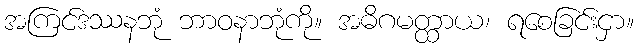
အကြင်ဒဿနဘုံ ဘာဝနာဘုံကို။ အဓိဂမတ္ထာယ၊ ရစေခြင်းငှာ။